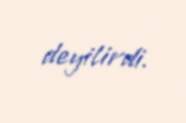
deyilirdi.